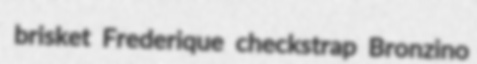
brisket Frederique checkstrap Bronzino